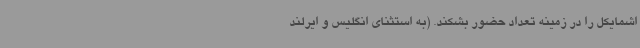
اشمایکل را در زمینه تعداد حضور بشکند. (به استثنای انگلیس و ایرلند